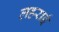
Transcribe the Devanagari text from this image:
लहराई